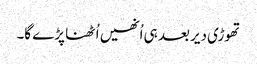
تھوڑی دیر بعد ہی اُنھیں اُٹھنا پڑے گا۔